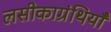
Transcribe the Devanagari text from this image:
लसीकाग्रंथियाँ